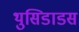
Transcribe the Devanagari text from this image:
थुसिडाडस